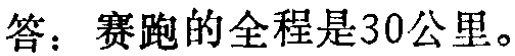
答：赛跑的全程是30公里。